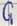
Text: G